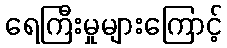
ရေကြီးမှုများကြောင့်